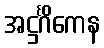
အဋ္ဌင်္ဂိကေန